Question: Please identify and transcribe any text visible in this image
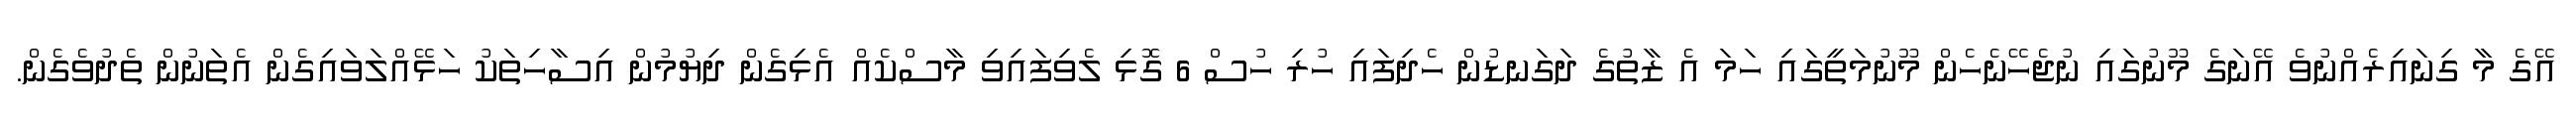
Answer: އޭގެ މާ ގިނައިރެއްނުވެ އޭނަގެ މޫނުގައި ނުޖެހޭނެހެން މޫނުމަތީގައި ހަމަ އެ ޒާތުގެ ދަގަނޑުން ހެދިފައި ހުރި ހުސް 6 ގޮޅި ލެވިފައިވި މާސްކެއް އެޅިގެން ދިޔުމުން އިސާހިތަކު ހަޅޭއްލަވައިގެން އެތަނުން ތެދުވެގެން.